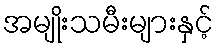
အမျိုးသမီးများနှင့်